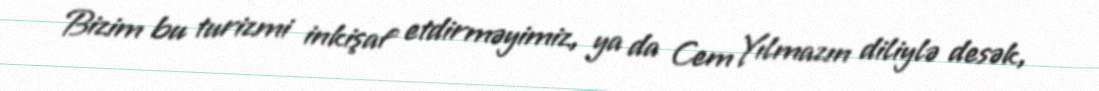
Bizim bu turizmi inkişaf etdirməyimiz, ya da Cem Yılmazın diliylə desək,